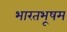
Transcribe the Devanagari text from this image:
भारतभूषम